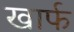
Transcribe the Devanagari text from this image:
खार्फ